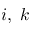
i , \; k